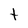
Character: t